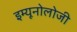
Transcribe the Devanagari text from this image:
इम्यूनोलोजी